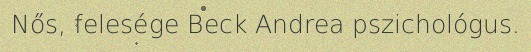
Nős, felesége Beck Andrea pszichológus.